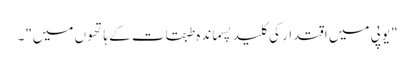
"یوپی میں اقتدار کی کلید پسماندہ طبقات کے ہاتھوں میں"۔